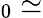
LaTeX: _0\simeq